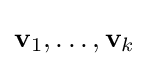
\mathbf {v} _{1},\ldots ,\mathbf {v} _{k}